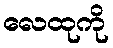
လေထုကို